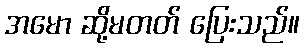
အမော ဆို့မတတ် ပြေးသည်။